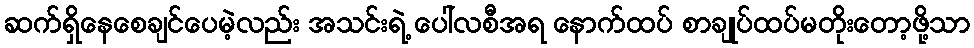
ဆက်ရှိနေစေချင်ပေမဲ့လည်း အသင်းရဲ့ ပေါ်လစီအရ နောက်ထပ် စာချုပ်ထပ်မတိုးတော့ဖို့သာ